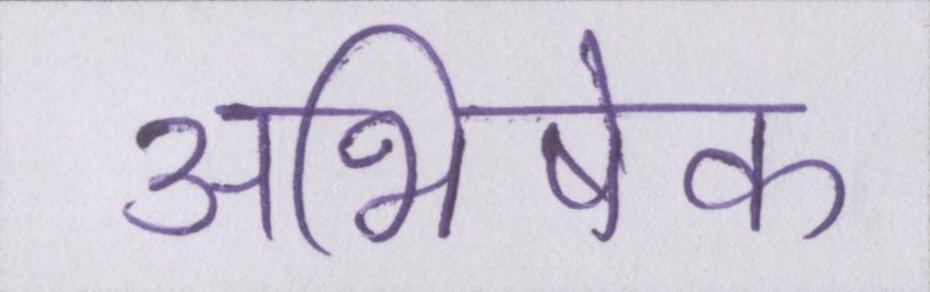
अभिषेक